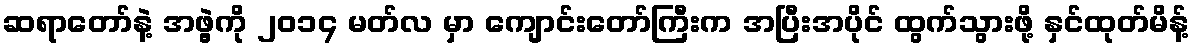
ဆရာတော်နဲ့ အဖွဲ့ကို ၂၀၁၄ မတ်လ မှာ ကျောင်းတော်ကြီးက အပြီးအပိုင် ထွက်သွားဖို့ နှင်ထုတ်မိန့်